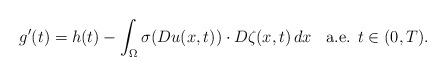
LaTeX: \begin{align*}g'(t)=h(t)-\int_\Omega \sigma(Du(x,t))\cdot D\zeta(x,t)\,dx \; \; \mbox{ a.e. $t\in(0,T)$.}\end{align*}